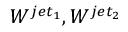
W ^ { j e t _ { 1 } } , W ^ { j e t _ { 2 } }